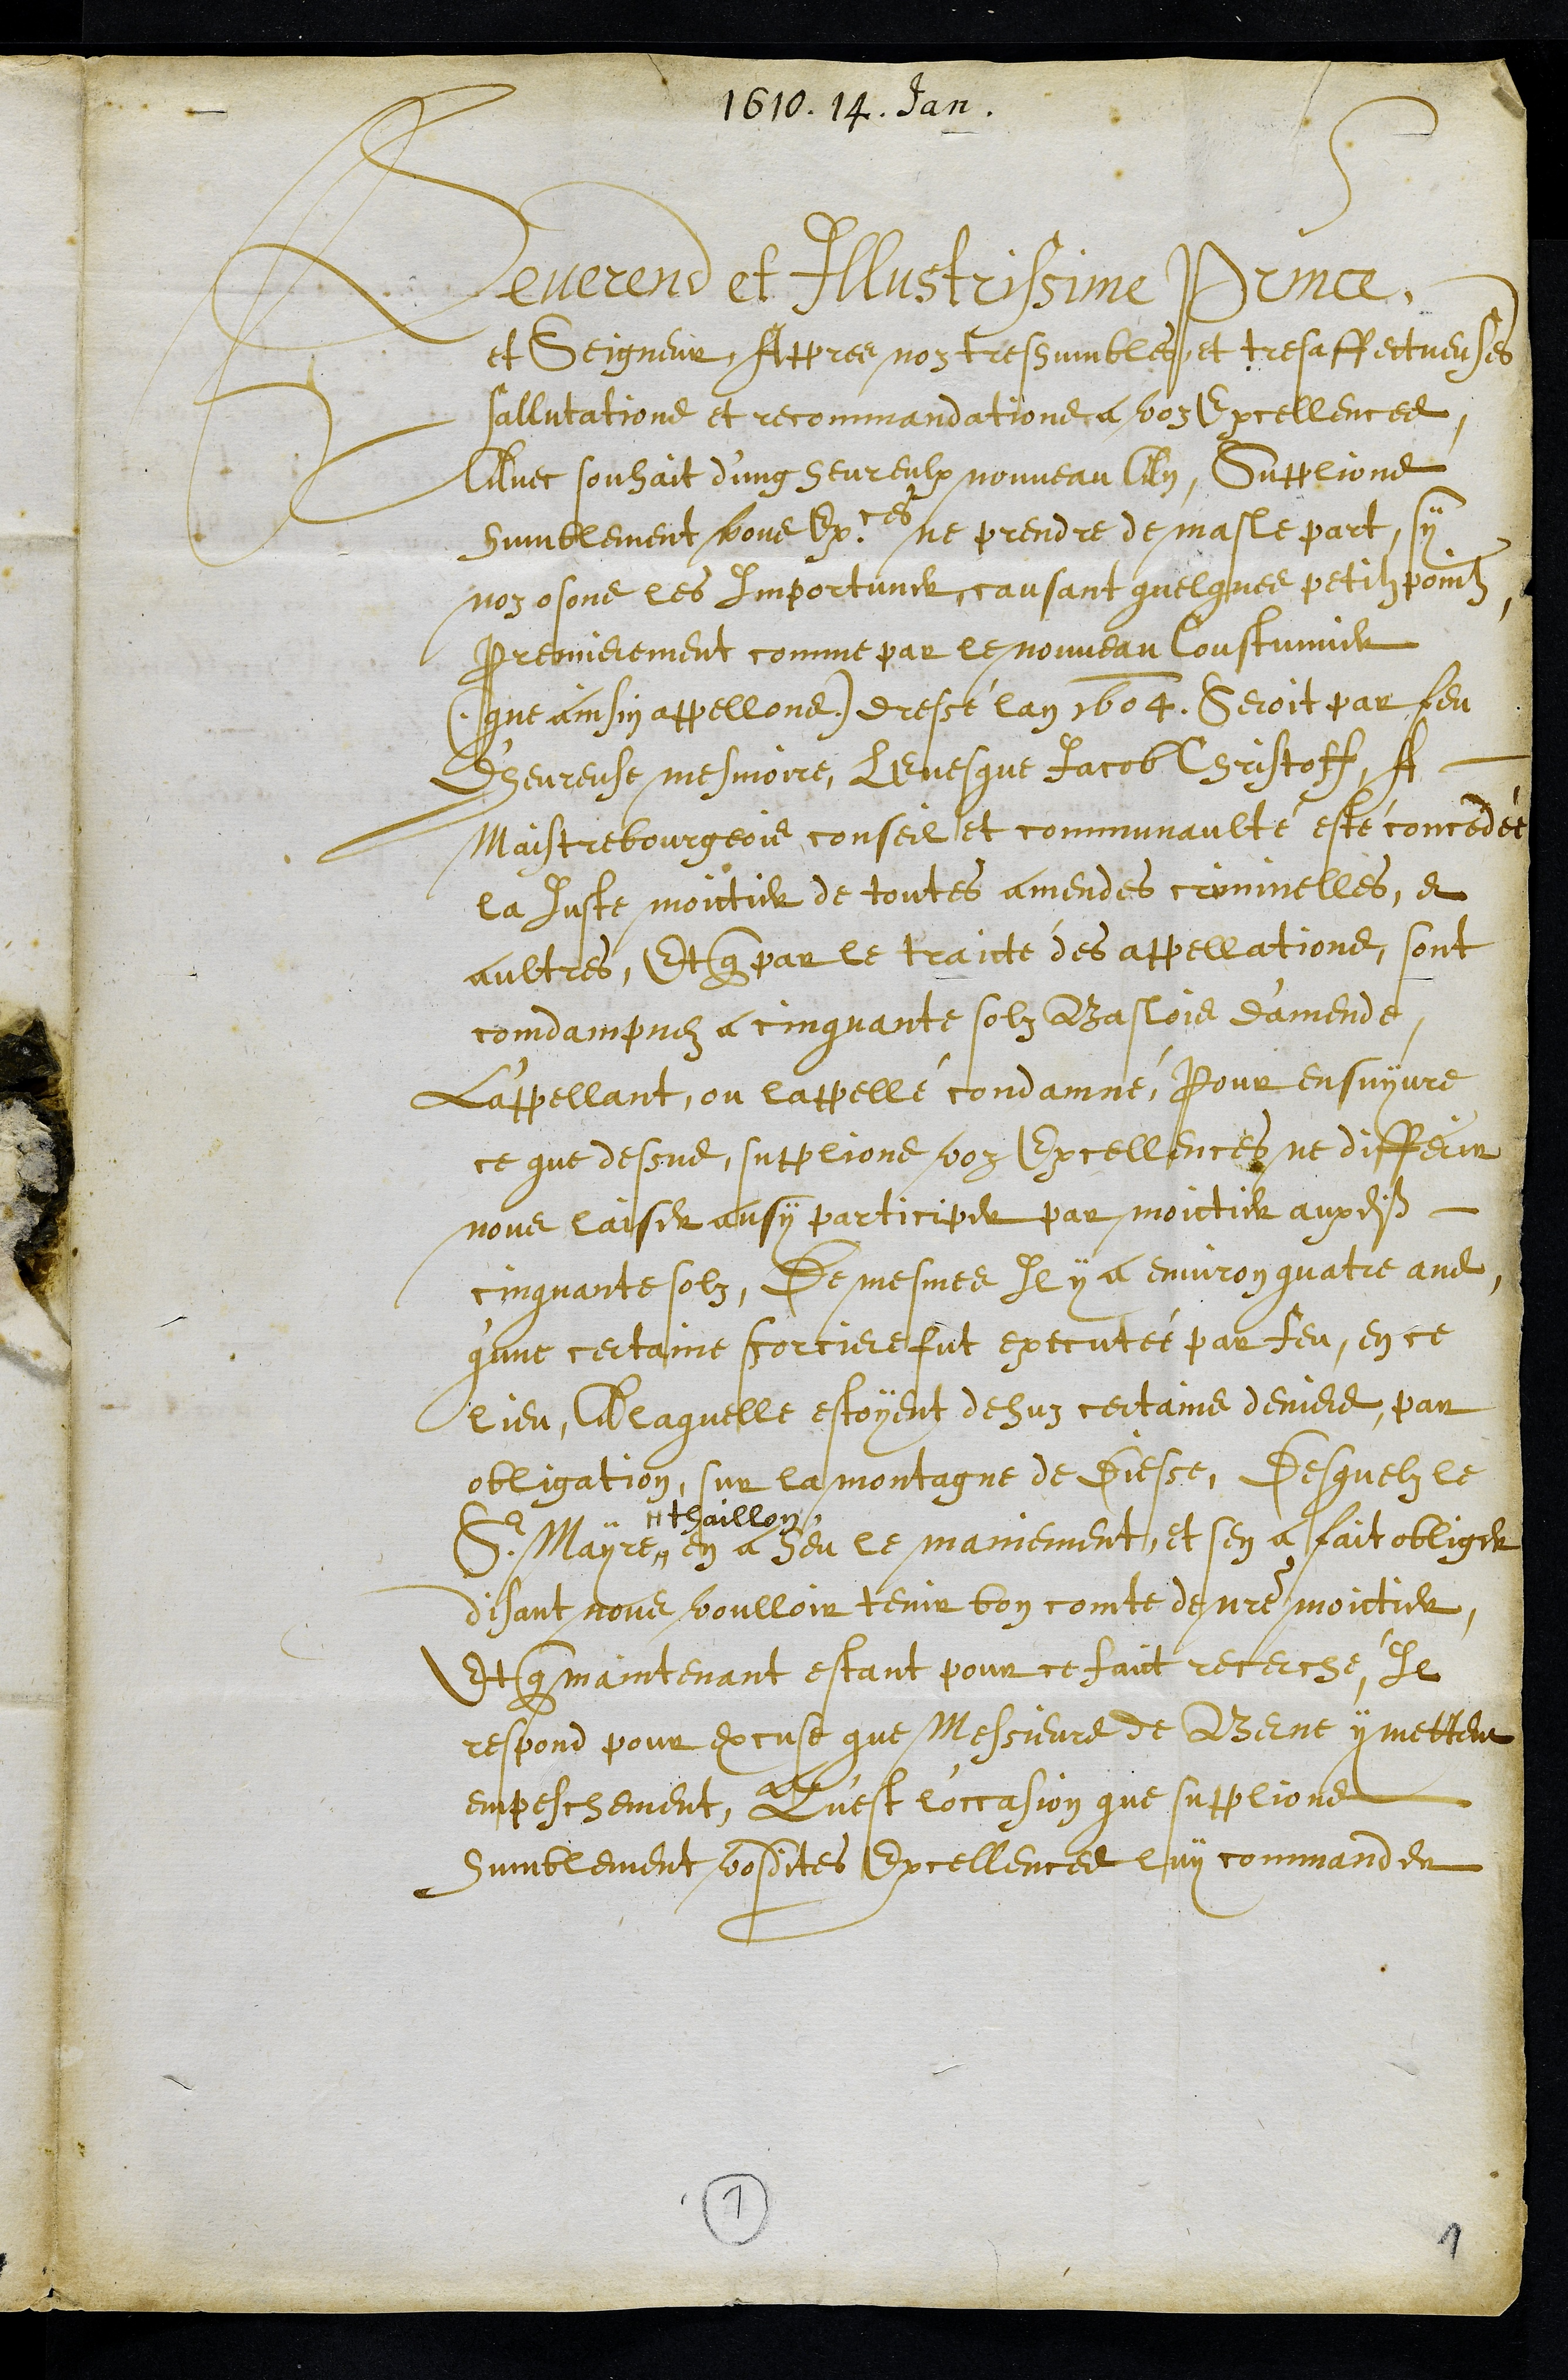
1610. 14. Jan.
Reverend et Illustrissime Prince
et Seigneur, Appres noz tres humbles et tres affectueuses
sallutations et recommandations a voz Excellences
Avec souhait d'ung heureulx nouveau An, Supplions
humblement vous Exces ne prendre de masle part, sy
noz osons les Importuner, causant quelques petitz pointz.
Premierement comme par le nouveau Coustumier
(que ainsin appellons) dressé lan 1604, Seroit par feu
d'heureuse mesmoire, Levesque Jacob Christoff, A
Maistre bourgeois conseil et communaulté esté concedée
la Juste moictier de toutes amendes crimmelles, et
aultres, Et que par le traicte des appellations, sont
condampnez a cinquante solz Baslois d'amende,
L'appellant, ou lappellé condamné, Pour ensuyvre
ce que dessus supplions voz Excellences ne differir
nous laisser ausy participer par moictier auxdits
cinquante solz, De mesmes Il y a environ quatre ans
q'une certaine scorciere fut executée par feu, en ce
lieu, A laquelle estoyent dehuz certains deniers, par
obligation, sur la montagne de Diesse, Desquelz le
Sr Mayre #
# thaillon
en a heu le maniement, et sen a fait obliger
disant nous voulloir tenir bon comte de notre moictier,
Et que maintenant estant pour ce faict recerché, Il
respond pour excuse que Messieurs de Berne y mettent
empeschement, Quest l'occasion que supplions
humblement vosdites Excellences luy commander
1
1